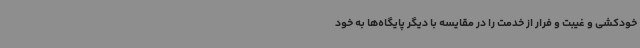
خودکشی و غیبت و فرار از خدمت را در مقایسه با دیگر پایگاه‌ها به خود